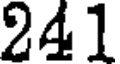
241